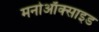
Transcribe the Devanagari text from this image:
मनोऑक्‍साइड